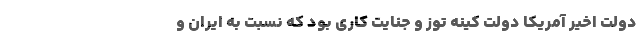
دولت اخیر آمریکا دولت کینه توز و جنایت کاری بود که نسبت به ایران و